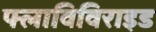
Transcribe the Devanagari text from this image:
फ्लाविविराइड